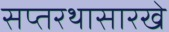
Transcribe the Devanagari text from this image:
सप्तरथासारखे